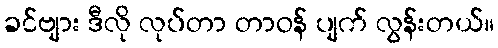
ခင်ဗျား ဒီလို လုပ်တာ တာဝန် ပျက် လွန်းတယ်။